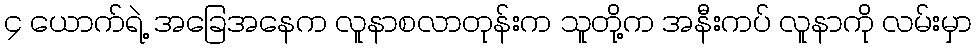
၄ ယောက်ရဲ့ အခြေအနေက လူနာစလာတုန်းက သူတို့က အနီးကပ် လူနာကို လမ်းမှာ